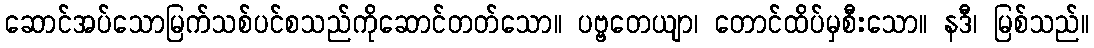
ဆောင်အပ်သောမြက်သစ်ပင်စသည်ကိုဆောင်တတ်သော။ ပဗ္ဗတေယျာ၊ တောင်ထိပ်မှစီးသော။ နဒီ၊ မြစ်သည်။